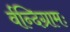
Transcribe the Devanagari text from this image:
र्वन्दिग्रामः